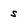
Character: s